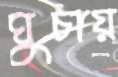
ঘুচায়